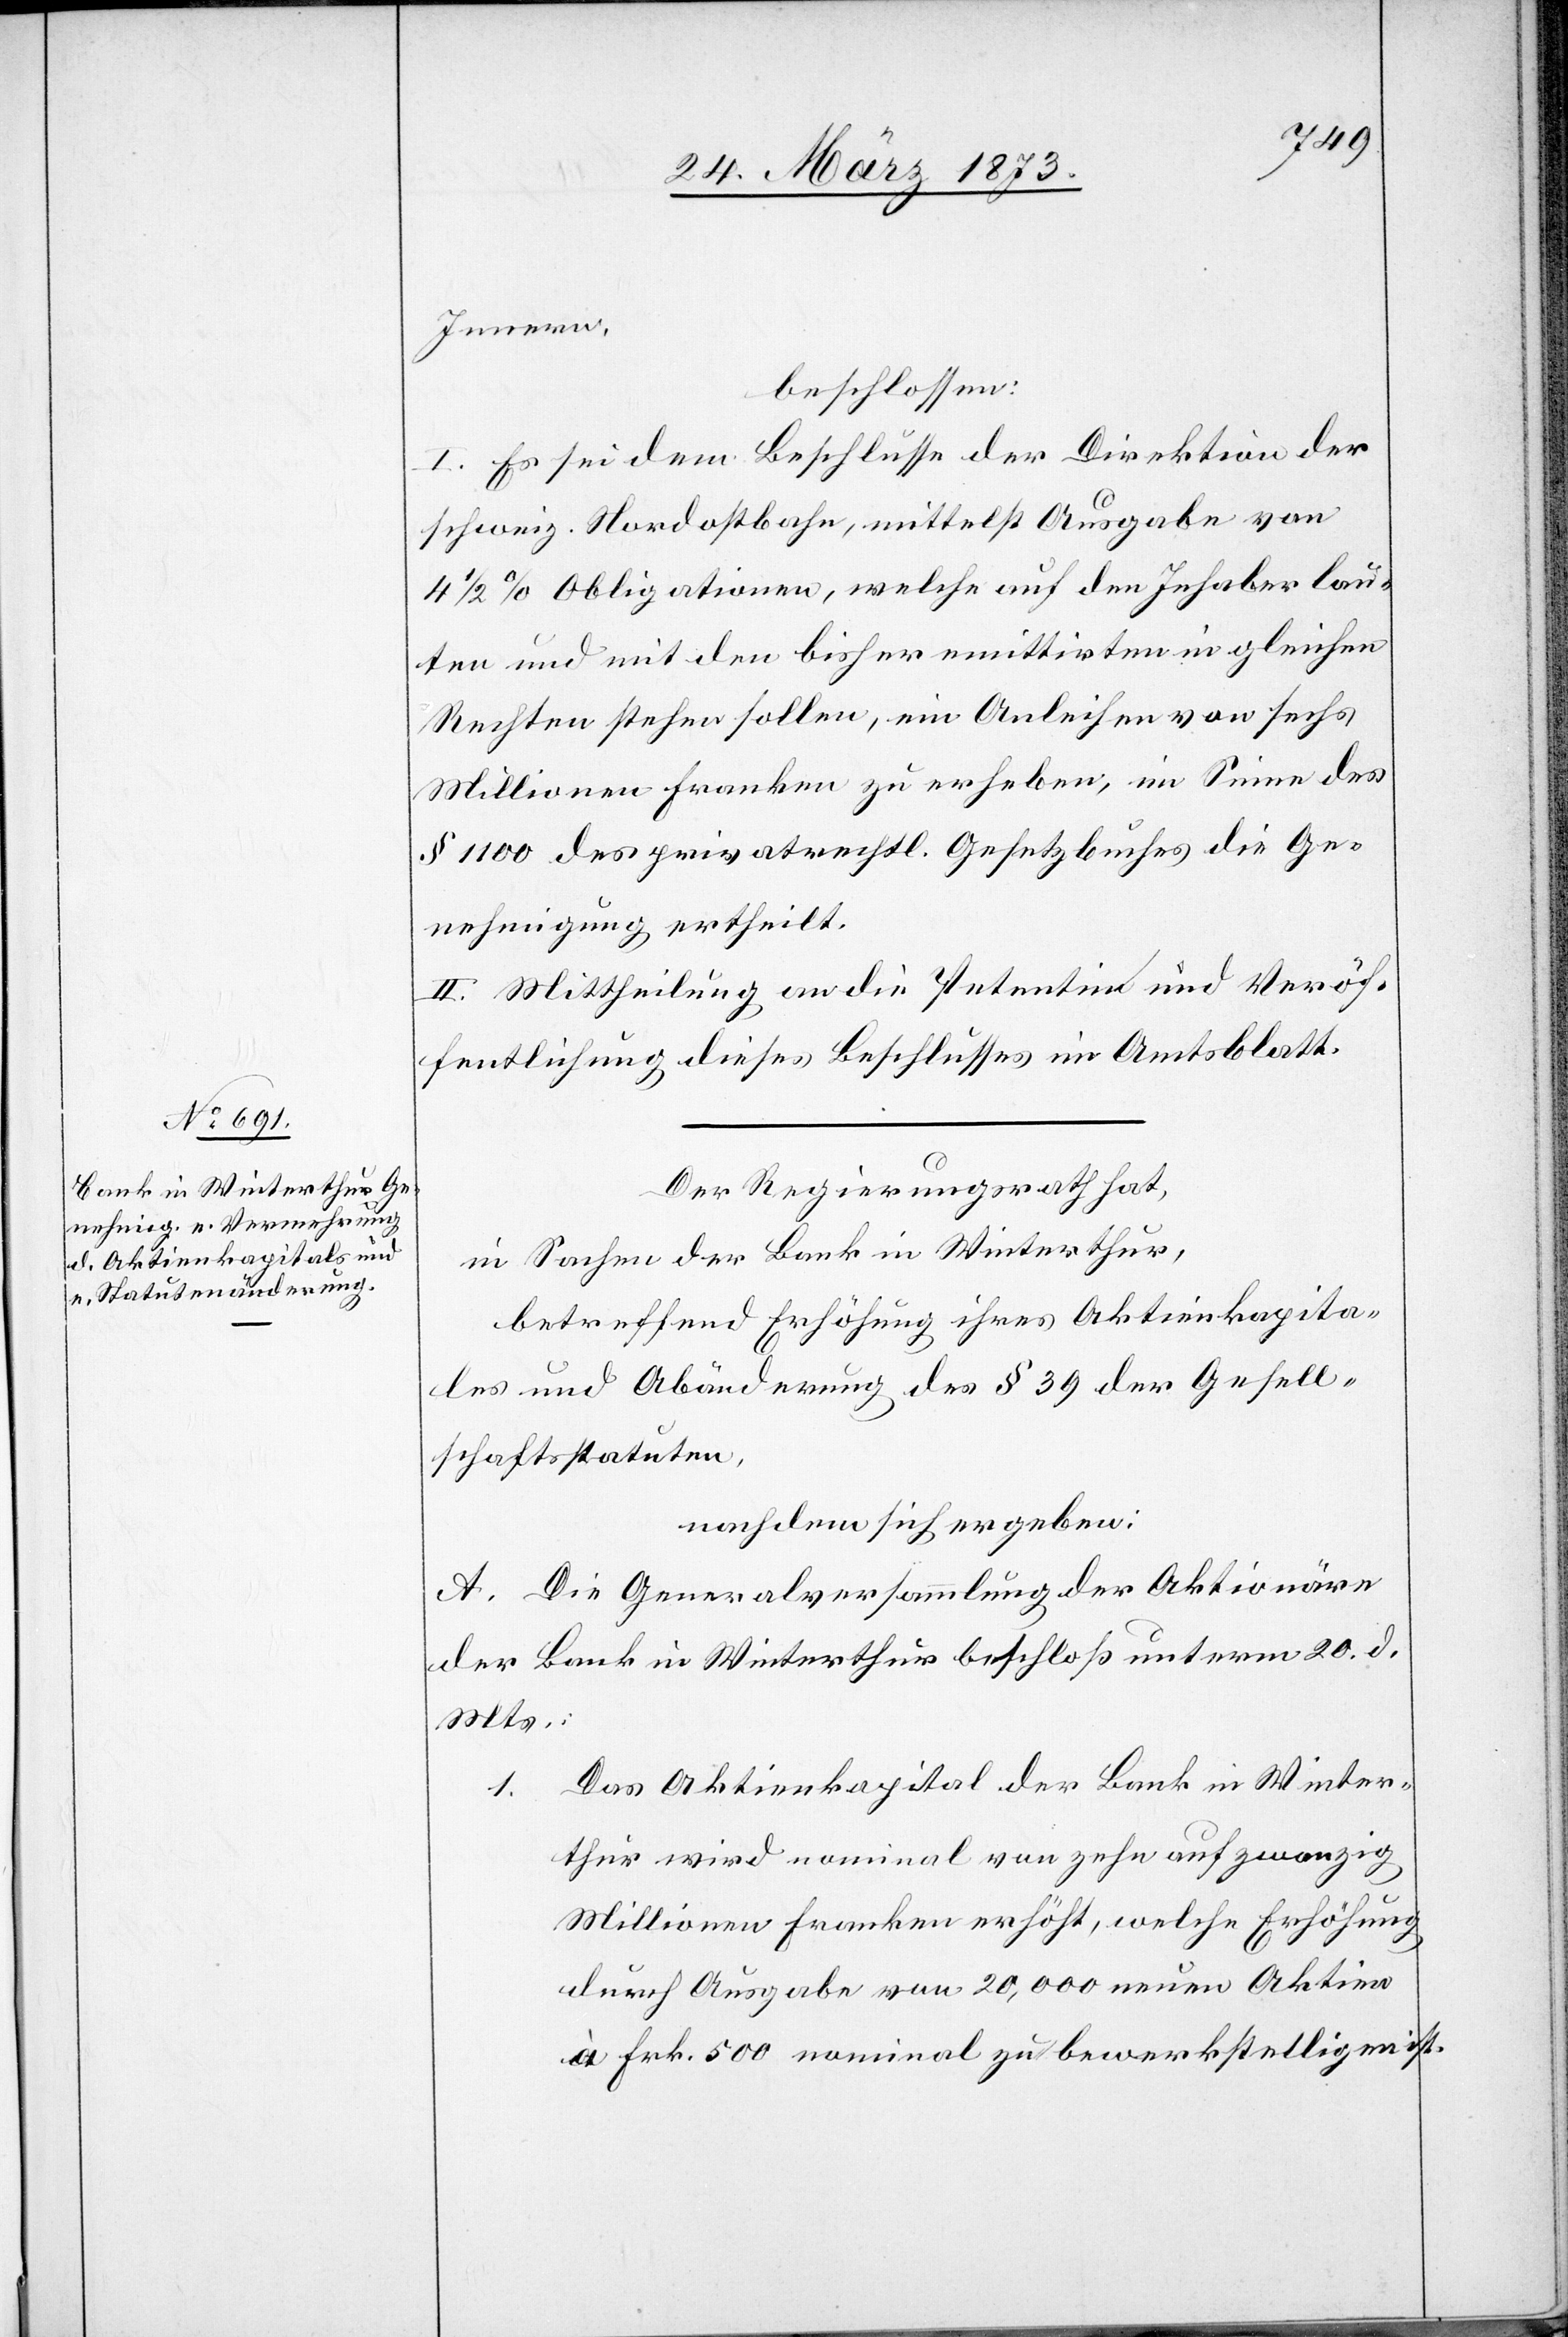
25. März 1873.]
Innern,
beschlossen:
I. Es sei dem Beschlusse der Direktion der
schweiz. Nordostbahn, mittelst Ausgabe von
4 1/2% Obligationen, welche auf den Inhaber lau¬
ten und mit den bisher emittirten in gleichen
Rechten stehen sollen, ein Anleihen von sechs
Millionen Franken zu erheben, im Sinne des
§ 1100 des privatrechtl. Gesetzbuches die Ge¬
nehmigung ertheilt.
II. Mittheilung an die Petentin und Veröf¬
fentlichung dieses Beschlusses im Amtsblatt.
Der Regierungsrath hat,
in Sachen der Bank in Winterthur,
betreffend Erhöhung ihres Aktienkapita¬
les und Abänderung des § 39 der Gesell¬
schaftsstatuten,
nachdem sich ergeben:
A. Die Generalversammlung der Aktionäre
der Bank in Winterthur beschloß unterm 20. d.
Mts.:
Das Aktienkapital der Bank in Winter¬
1.
thur wird nominal von zehn auf zwanzig
Millionen Franken erhöht, welche Erhöhung
durch Ausgabe von 20,000 neuen Aktien
à Frk. 500 nominal zu bewerkstelligen ist.